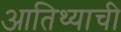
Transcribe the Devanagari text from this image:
आतिथ्याची